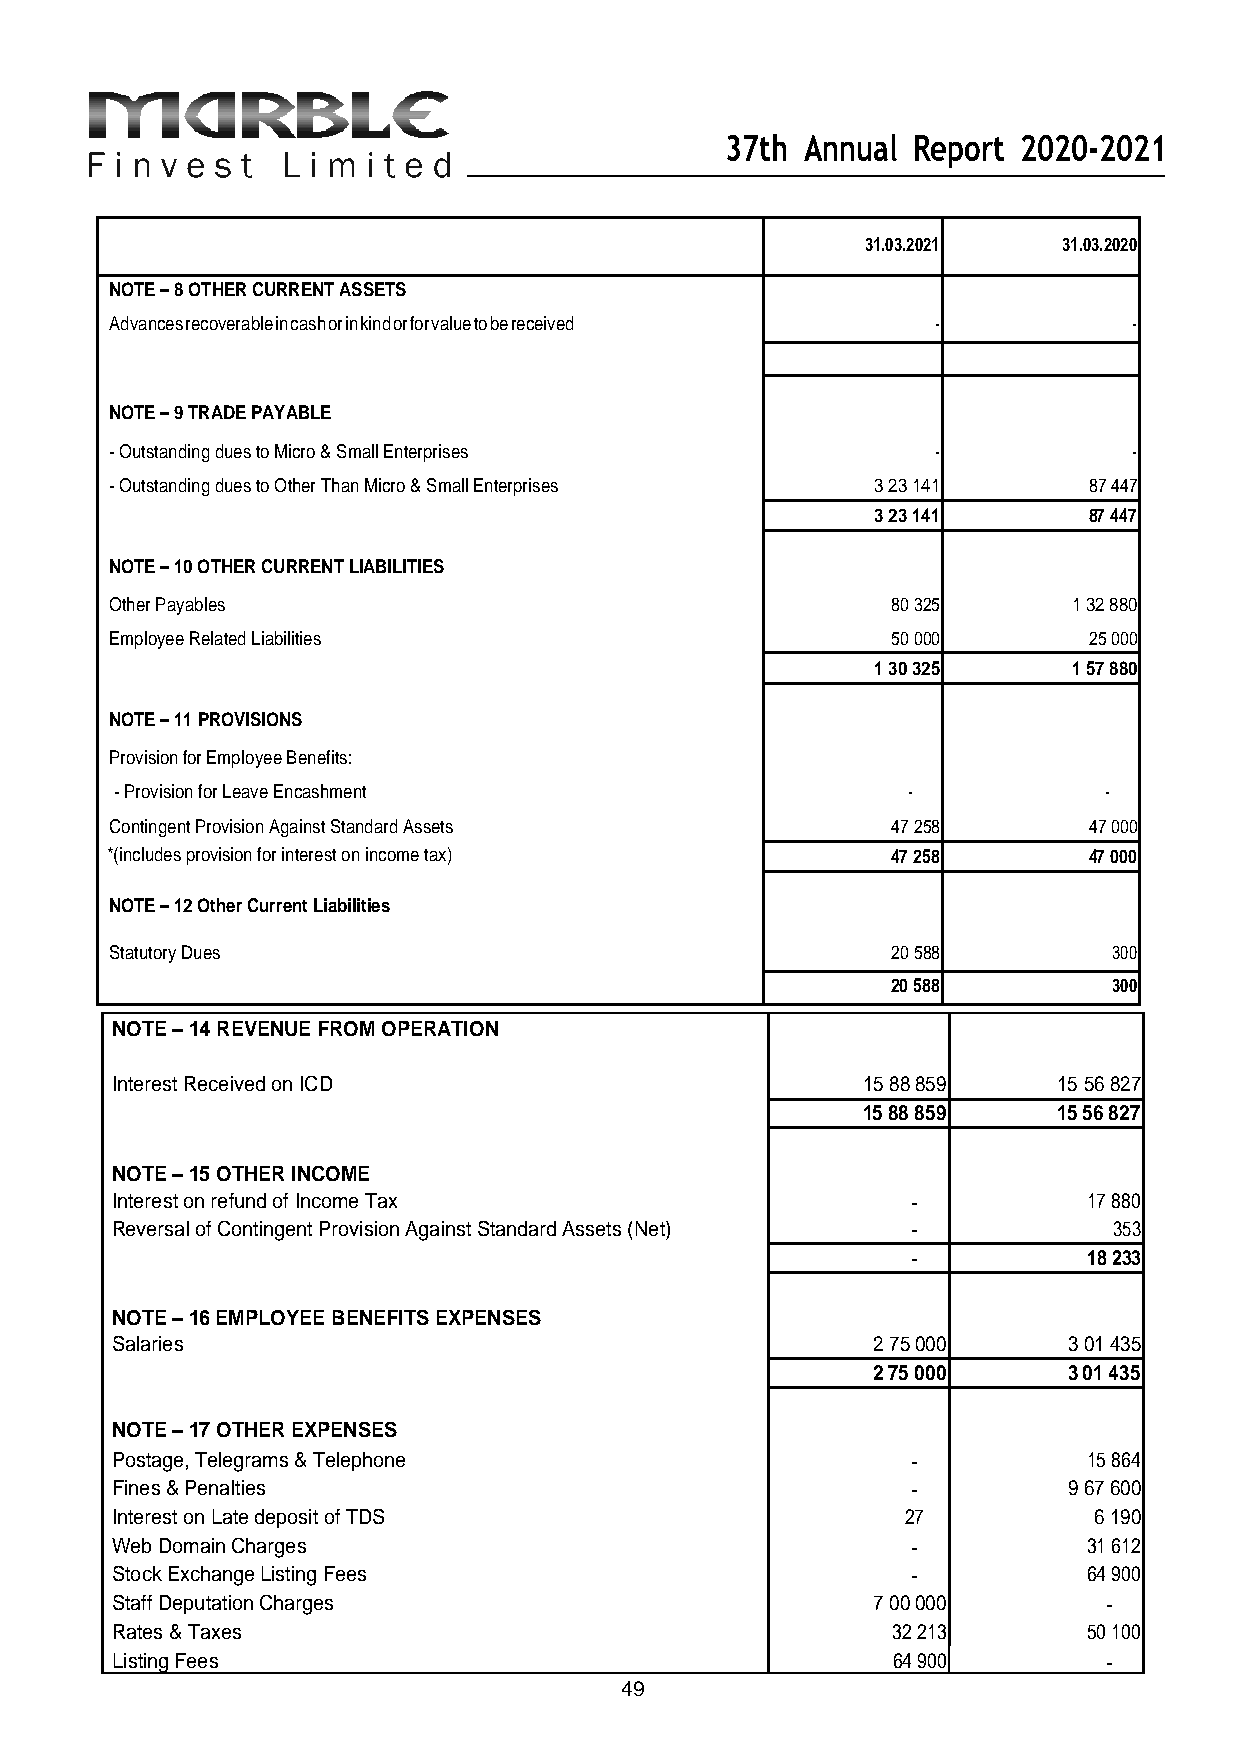
37th Annual Report 2020-2021
 31.03.2021   31.03.2020
 NOTE – 8 OTHER CURRENT ASSETS
 Advances recoverable in cash or in kind or for value to be received - -
 NOTE – 9 TRADE PAY ABLE
 - Outstanding dues to M icro & Small Enterprises       -            -
 - Outstanding dues to O ther Than Micro & Small Enterprises 3 23 141 87 447
 3 23 141      87 447
 NOTE – 10 OTHER CURRENT LIABILITIES
 Other Payables                                      80 325      1 32 880
 Employee Related Liabilities                        50 000       25 000
 1 30 325     1 57 880
 NOTE – 11 PROVISIONS
 Provision for Employee Benefits:
 - Provision for Leave Encashment                    -            -
 Contingent Provision Against Standard Assets        47 258       47 000
 *(includes provision for i nterest on income tax)   47 258       47 000
 NOTE – 12 Other Current Liabilities
 Statutory Dues                                      20 588         300
 20 588         300
 NOTE – 14 REVENUE FROM OPERATION
 Interest Received on ICD                          15 88 859    15 56 827
 15 88 859    15 56 827
 NOTE – 15 OTHER INCOME
 Interest on refund of Income Tax                     -           17 880
 Reversal of Contingent Provision Against Standard Assets (Net) -   353
 -           18 233
 NOTE – 16 EMPLOYEE BENEFITS EXPENSES
 Salaries                                           2 75 000     3 01 435
 2 75 000     3 01 435
 NOTE – 17 OTHER EXPENSES
 Postage, Telegrams & Telephone                       -           15 864
 Fines & Penalties                                    -          9 67 600
 Interest on Late deposit of TDS                      27          6 190
 Web Domain Charges                                   -           31 612
 Stock Exchange Listing Fees                          -           64 900
 Staff Deputation Charges                           7 00 000       -
 Rates & Taxes                                       32 213       50 100
 Listing Fees                                        64 900        -
 49